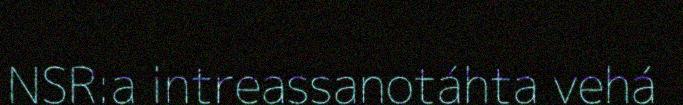
NSR:a intreassanotáhta vehá